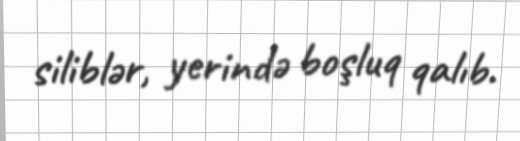
siliblər, yerində boşluq qalıb.